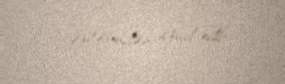
vəzifəsindən azad edib.